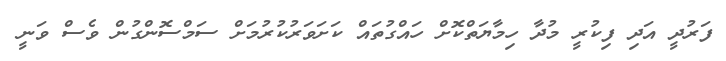
ފަރުދީ އަދި ފިކުރީ މުދާ ހިމާޔަތްކޮށް ހައްގުތައް ކަށަވަރުކުރުމަށް ސަމްސޮންގުން ވެސް ވަނީ